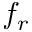
f _ { r }